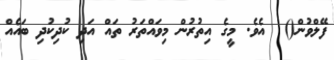
ފޭލްވުން()  އެވެ. މީގެ އިތުރުން މިވައްތަރު ތައް އަދި ކުދިކުދި ބައެއް